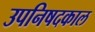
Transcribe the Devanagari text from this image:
उपनिषदकाल